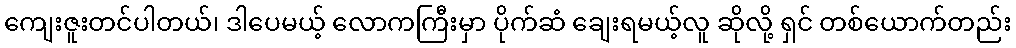
ကျေးဇူးတင်ပါတယ်၊ ဒါပေမယ့် လောကကြီးမှာ ပိုက်ဆံ ချေးရမယ့်လူ ဆိုလို့ ရှင် တစ်ယောက်တည်း